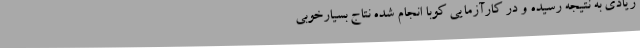
زیادی به نتیجه رسیده و در کارآزمایی کوبا انجام شده نتاج بسیارخوبی